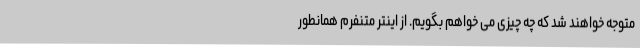
متوجه خواهند شد که چه چیزی می خواهم بگویم. از اینتر متنفرم همانطور